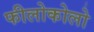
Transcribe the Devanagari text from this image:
फीलोकोलो